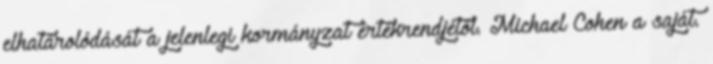
elhatárolódását a jelenlegi kormányzat értékrendjétől. Michael Cohen a saját.